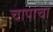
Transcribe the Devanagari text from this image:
चापाचा